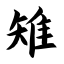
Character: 雉